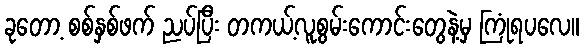
ခုတော့ စစ်နှစ်ဖက် ညပ်ပြီး တကယ့်လူစွမ်းကောင်းတွေနဲ့မှ ကြုံရပလေ။